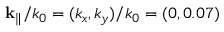
{ \bf { k } } _ { \Vert } / k _ { 0 } = ( k _ { x } , k _ { y } ) / k _ { 0 } = ( 0 , 0 . 0 7 )